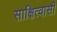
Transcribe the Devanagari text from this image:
साक्षित्वासी